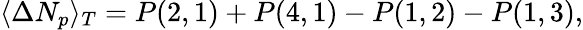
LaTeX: \langle\Delta N_{p}\rangle_{T}=P(2,1)+P(4,1)-P(1,2)-P(1,3),